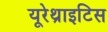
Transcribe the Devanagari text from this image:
यूरेथ्राइटिस